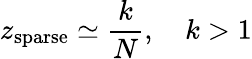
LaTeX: z_{\mathrm{sparse}}\simeq\frac{k}{N},\quad k>1